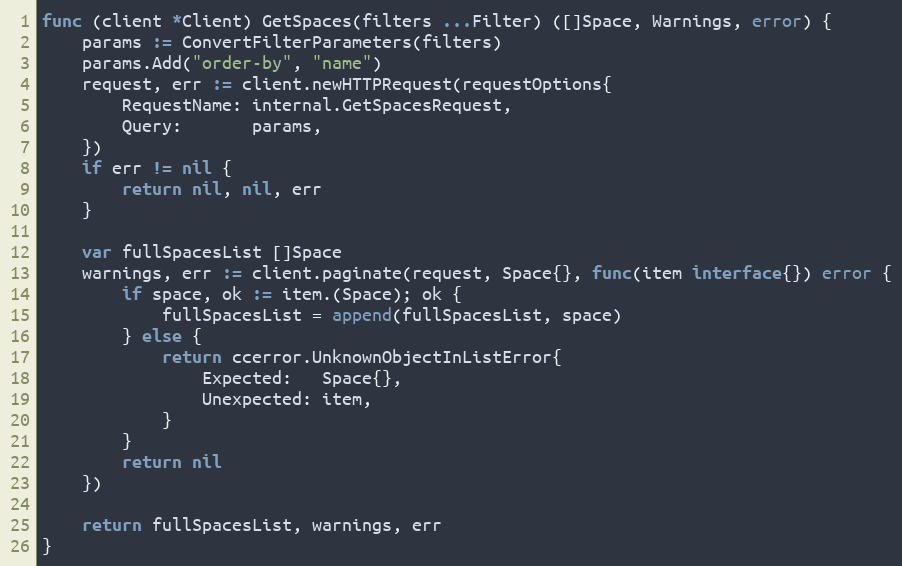
Language: Go
func (client *Client) GetSpaces(filters ...Filter) ([]Space, Warnings, error) {
	params := ConvertFilterParameters(filters)
	params.Add("order-by", "name")
	request, err := client.newHTTPRequest(requestOptions{
		RequestName: internal.GetSpacesRequest,
		Query:       params,
	})
	if err != nil {
		return nil, nil, err
	}

	var fullSpacesList []Space
	warnings, err := client.paginate(request, Space{}, func(item interface{}) error {
		if space, ok := item.(Space); ok {
			fullSpacesList = append(fullSpacesList, space)
		} else {
			return ccerror.UnknownObjectInListError{
				Expected:   Space{},
				Unexpected: item,
			}
		}
		return nil
	})

	return fullSpacesList, warnings, err
}